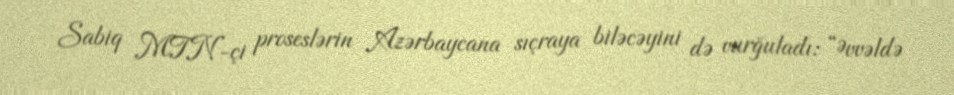
Sabiq MTN-çi proseslərin Azərbaycana sıçraya biləcəyini də vurğuladı: “Əvvəldə